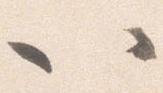
以